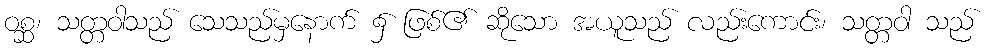
ဝစ္ဆ၊ သတ္တဝါသည် သေသည်မှနောက် ၌ ဖြစ်၏ ဆိုသော အယူသည် လည်းကောင်း၊ သတ္တဝါ သည်